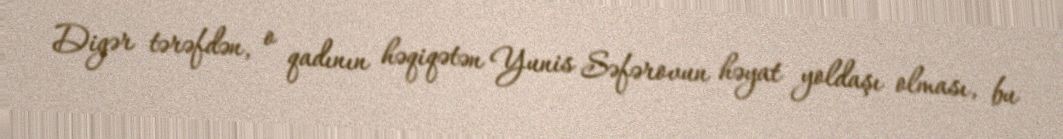
Digər tərəfdən, o qadının həqiqətən Yunis Səfərovun həyat yoldaşı olması, bu